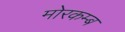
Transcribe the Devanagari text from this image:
मोरकम्ब